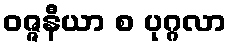
ဝဇ္ဇနီယာ စ ပုဂ္ဂလာ